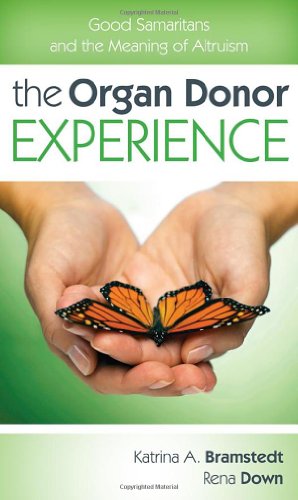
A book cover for The Organ Donor Experience: Good Samaritans and the Meaning of Altruism; Katrina Bramstedt; Health, Fitness & Dieting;